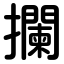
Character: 攔